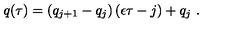
q ( \tau ) = ( q _ { j + 1 } - q _ { j } ) \left( \epsilon \tau - j \right) + q _ { j } \ .